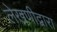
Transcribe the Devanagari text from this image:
लेखणीद्वारा